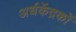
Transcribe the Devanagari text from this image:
अर्धकेंद्रकों